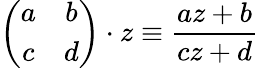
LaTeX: \left(\begin{array}{cc}{{a}}&{{b}}\\ {{c}}&{{d}}\end{array}\right)\cdot z\equiv\frac{az+b}{cz+d}